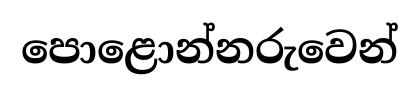
පොළොන්නරුවෙන්